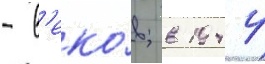
- в'еко́в; в 1944